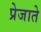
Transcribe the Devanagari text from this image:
प्रेजाते